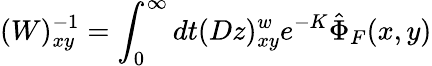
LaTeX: (W)_{xy}^{-1}=\int_{0}^{\infty}dt(Dz)_{xy}^{w}e^{-K}\hat{\Phi}_{F}(x,y)